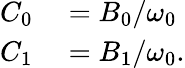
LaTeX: \begin{array}{rl}{C_{0}}&{{}=B_{0}/\omega_{0}}\\ {C_{1}}&{{}=B_{1}/\omega_{0}.}\end{array}